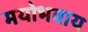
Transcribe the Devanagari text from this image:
मयोभवाय